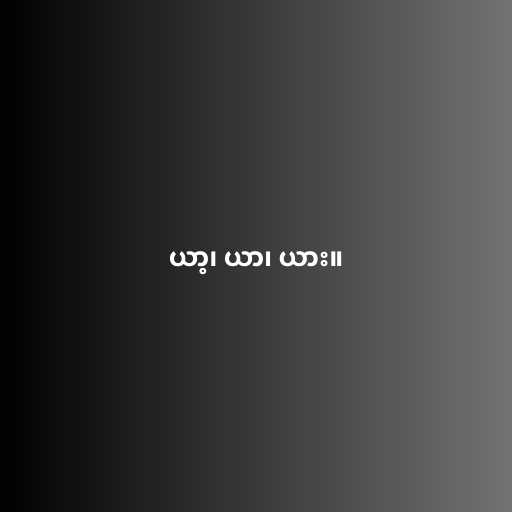
ယာ့၊ ယာ၊ ယား။